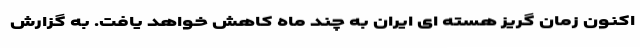
اکنون زمان گریز هسته ای ایران به چند ماه کاهش خواهد یافت. به گزارش